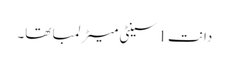
دانت 1 سینٹی میٹر لمبا تھا۔